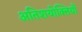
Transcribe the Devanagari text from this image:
अतिशयोक्तियाँ